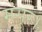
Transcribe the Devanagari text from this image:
मंसूर।